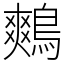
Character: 鷞